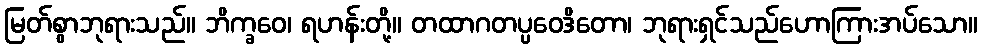
မြတ်စွာဘုရားသည်။ ဘိက္ခဝေ၊ ရဟန်းတို့။ တထာဂတပ္ပဝေဒိတော၊ ဘုရားရှင်သည်ဟောကြားအပ်သော။